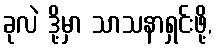
ခုလဲ ဒို့မှာ သာသနာရှင်းဖို့,